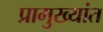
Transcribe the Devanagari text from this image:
प्रामुख्यांत